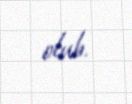
olub.